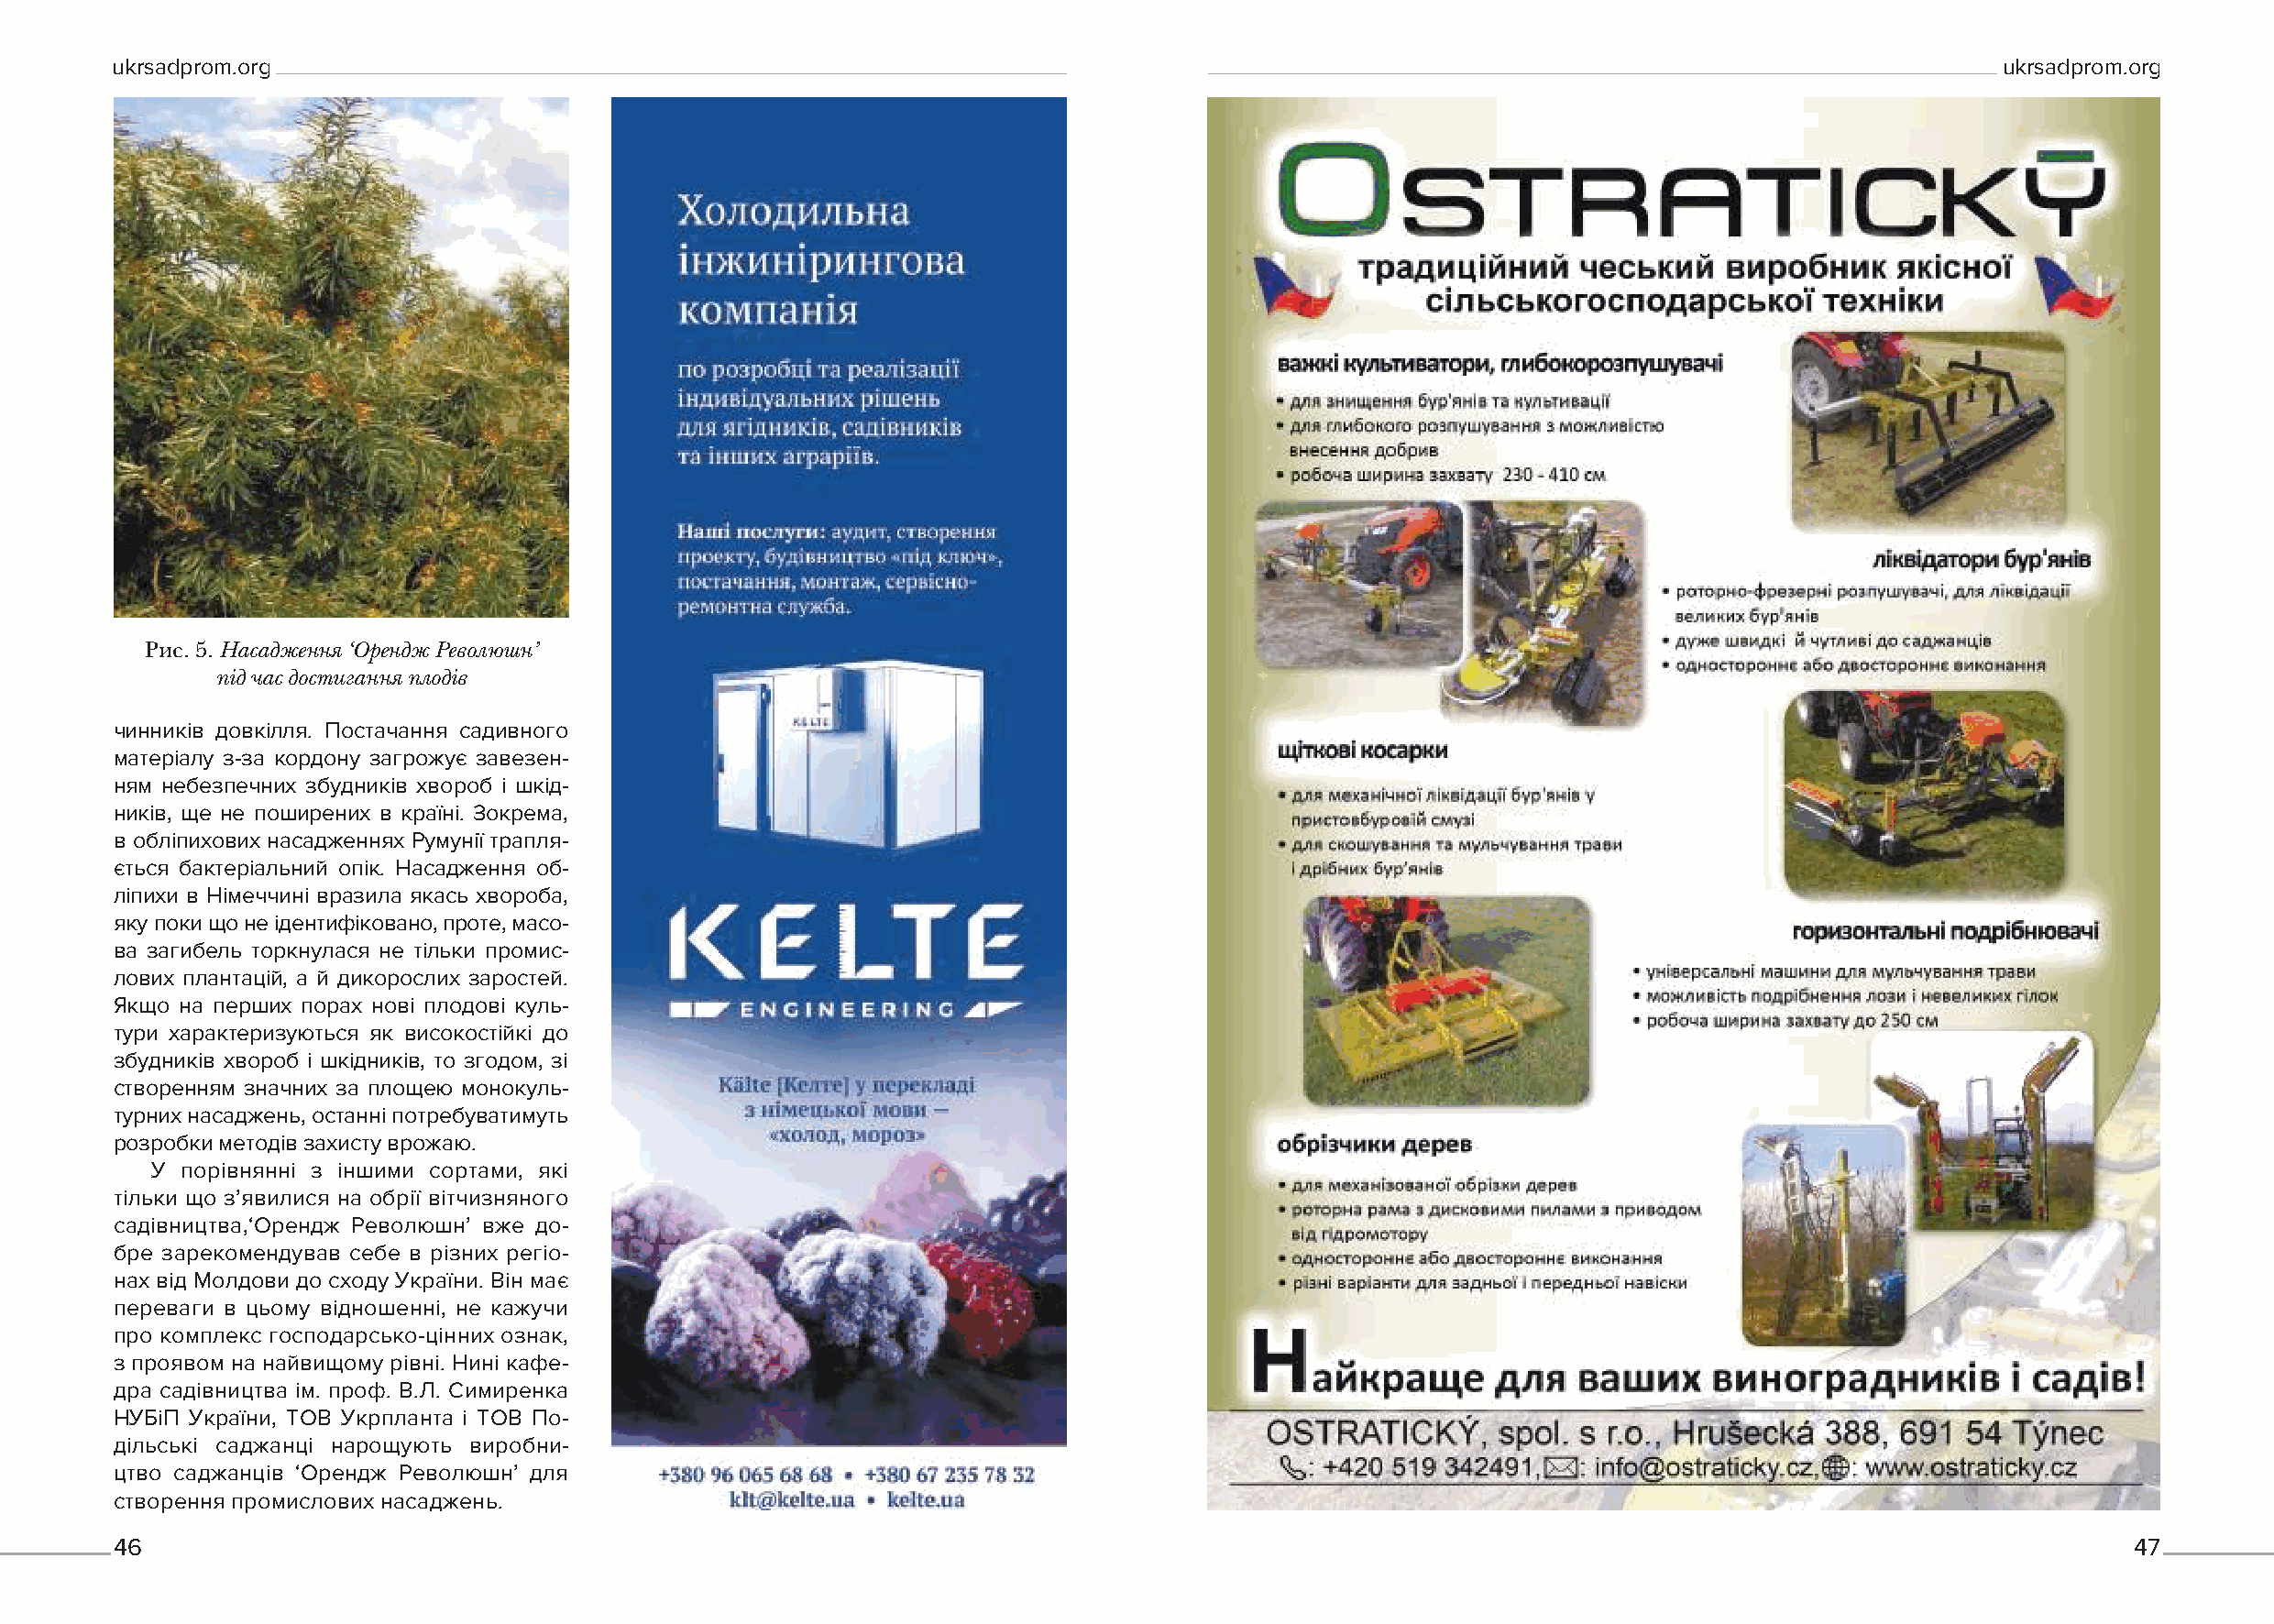
ukrsadprom.org                                                                                                                           ukrsadprom.org
 Рис. 5. Насадження ‘Орендж Революшн’
 під час достигання плодів
 чинників довкілля. Постачання садивного
 матеріалу з-за кордону загрожує завезен-
 ням небезпечних збудників хвороб і шкід-
 ників, ще не поширених в країні. Зокрема,
 в обліпихових насадженнях Румунії трапля-
 ється бактеріальний опік. Насадження об-
 ліпихи в Німеччині вразила якась хвороба,
 яку поки що не ідентифіковано, проте, масо-
 ва загибель торкнулася не тільки промис-
 лових плантацій, а й дикорослих заростей.
 Якщо на перших порах нові плодові куль-
 тури характеризуються як високостійкі до
 збудників хвороб і шкідників, то згодом, зі
 створенням значних за площею монокуль-
 турних насаджень, останні потребуватимуть
 розробки методів захисту врожаю.
 У порівнянні з іншими сортами, які
 тільки що з’явилися на обрії вітчизняного
 садівництва,‘Орендж Революшн’ вже до-
 бре зарекомендував себе в різних регіо-
 нах від Молдови до сходу України. Він має
 переваги в цьому відношенні, не кажучи
 про комплекс господарсько-цінних ознак,
 з проявом на найвищому рівні. Нині кафе-
 дра садівництва ім. проф. В.Л. Симиренка
 НУБіП України, ТОВ Укрпланта і ТОВ По-
 дільські саджанці нарощують виробни-
 цтво саджанців ‘Орендж Революшн’ для
 створення промислових насаджень.
 46                                                                                                                                                47